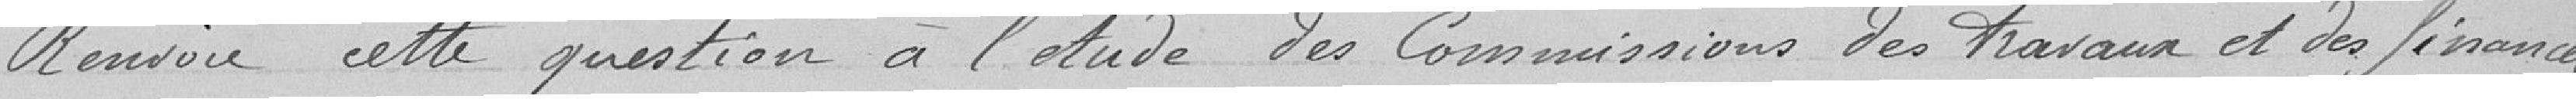
Renvoie cette question à l'étude des Commissions des travaux et des finances.